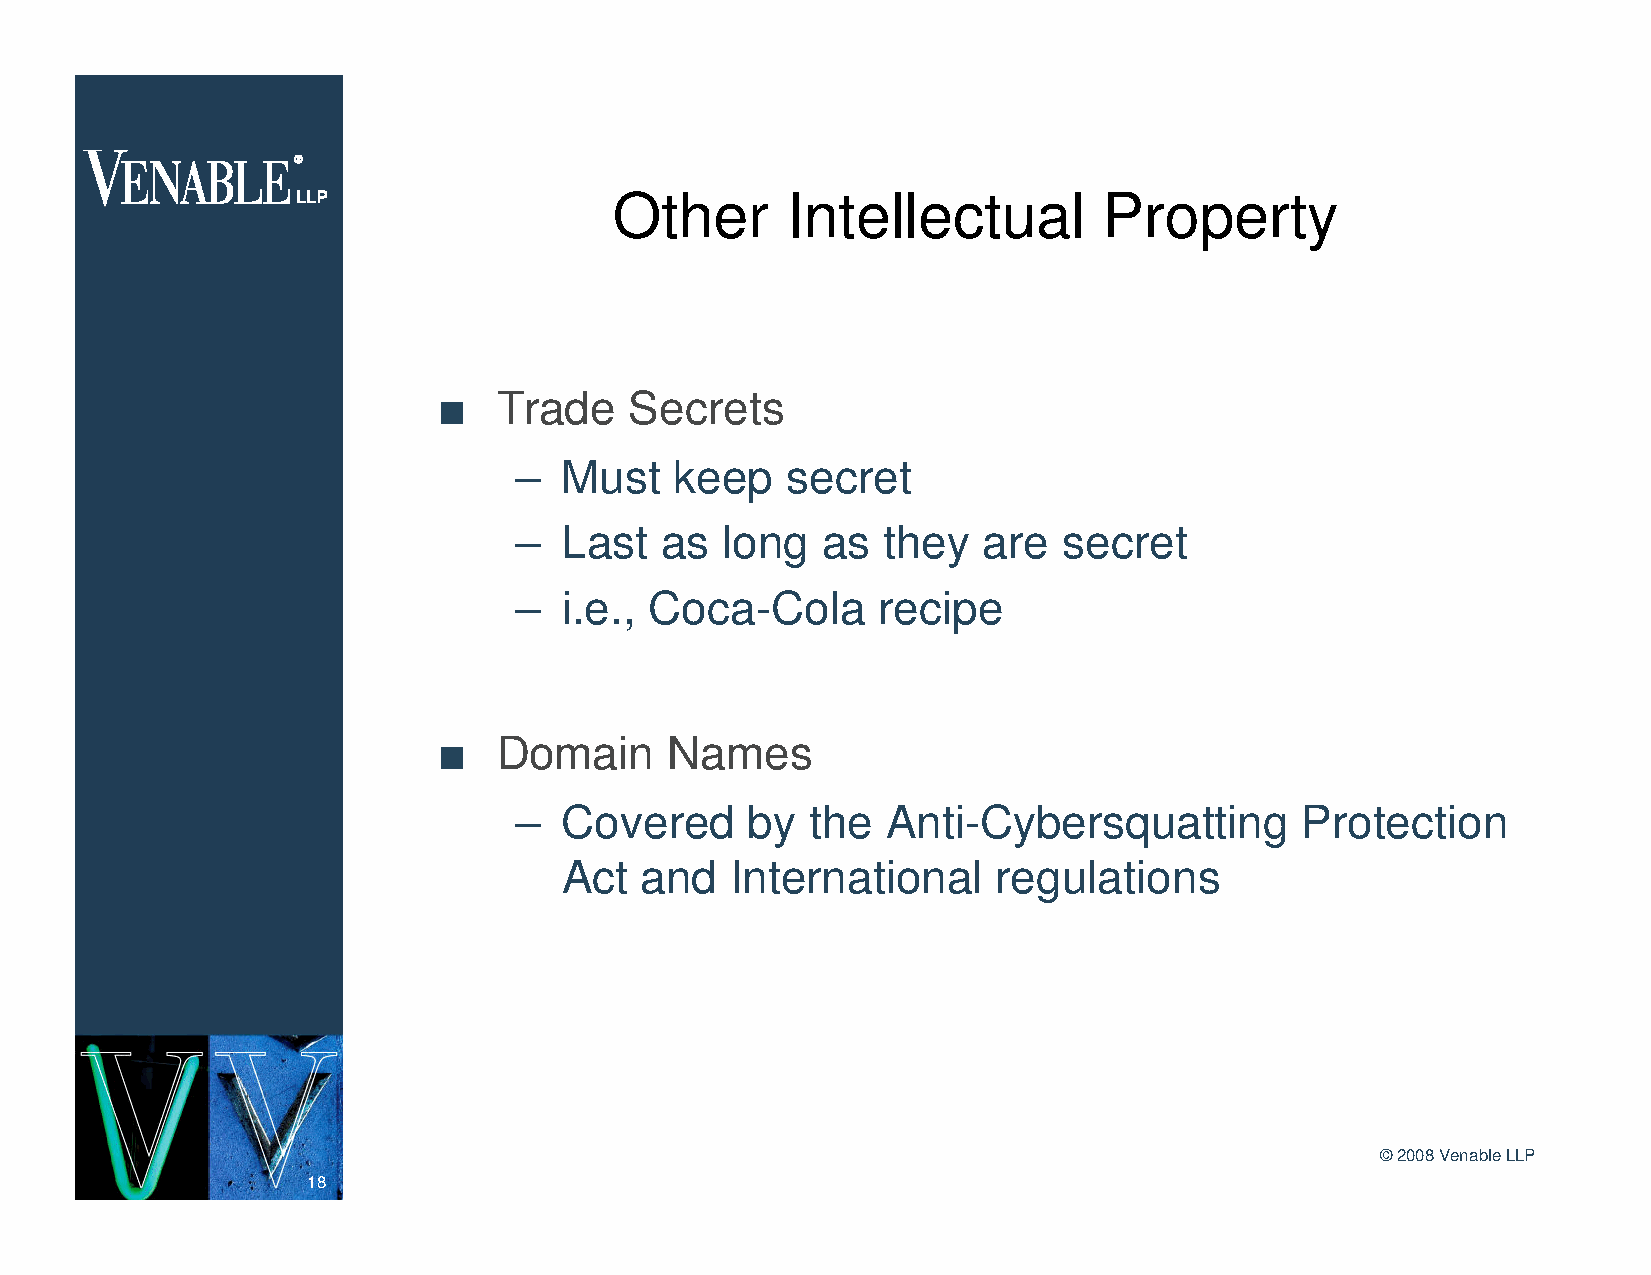
Other      Intellectual         Property
 n   Trade    Secrets
 –  Must    keep   secret
 –  Last   as  long  as  they   are  secret
 –  i.e., Coca-Cola      recipe
 n   Domain     Names
 –  Covered      by  the  Anti-Cybersquatting        Protection
 Act  and   International     regulations
 ©2008 Venable LLP
 18